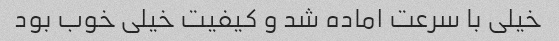
خیلی با سرعت اماده شد و کیفیت خیلی خوب بود